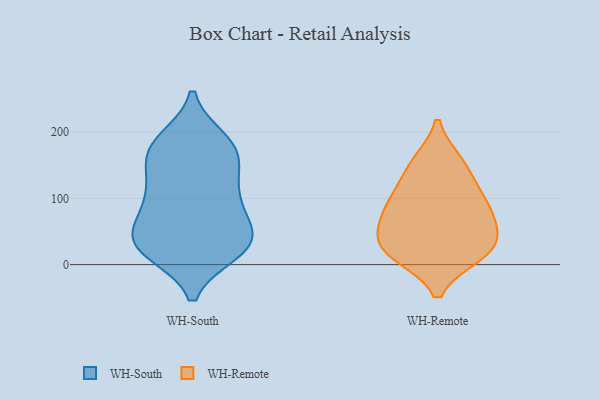
{"axis": {"x": "Tickets Resolved", "y": "Value"}, "legend": ["WH-Remote", "WH-South"], "data": [{"x": "", "y": 91, "type": "WH-South"}, {"x": "", "y": 187, "type": "WH-South"}, {"x": "", "y": 20, "type": "WH-South"}, {"x": "", "y": 29, "type": "WH-South"}, {"x": "", "y": 102, "type": "WH-South"}, {"x": "", "y": 172, "type": "WH-South"}, {"x": "", "y": 179, "type": "WH-South"}, {"x": "", "y": 35, "type": "WH-South"}, {"x": "", "y": 38, "type": "WH-South"}, {"x": "", "y": 62, "type": "WH-South"}, {"x": "", "y": 29, "type": "WH-South"}, {"x": "", "y": 21, "type": "WH-South"}, {"x": "", "y": 45, "type": "WH-South"}, {"x": "", "y": 139, "type": "WH-South"}, {"x": "", "y": 163, "type": "WH-South"}, {"x": "", "y": 94, "type": "WH-South"}, {"x": "", "y": 121, "type": "WH-South"}, {"x": "", "y": 178, "type": "WH-South"}, {"x": "", "y": 26, "type": "WH-Remote"}, {"x": "", "y": 21, "type": "WH-Remote"}, {"x": "", "y": 76, "type": "WH-Remote"}, {"x": "", "y": 73, "type": "WH-Remote"}, {"x": "", "y": 153, "type": "WH-Remote"}, {"x": "", "y": 103, "type": "WH-Remote"}, {"x": "", "y": 24, "type": "WH-Remote"}, {"x": "", "y": 16, "type": "WH-Remote"}, {"x": "", "y": 100, "type": "WH-Remote"}, {"x": "", "y": 148, "type": "WH-Remote"}, {"x": "", "y": 53, "type": "WH-Remote"}]}